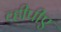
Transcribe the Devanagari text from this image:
व्हीपीए